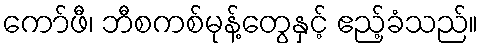
ကော်ဖီ၊ ဘီစကစ်မုန့်တွေနှင့် ဧည့်ခံသည်။